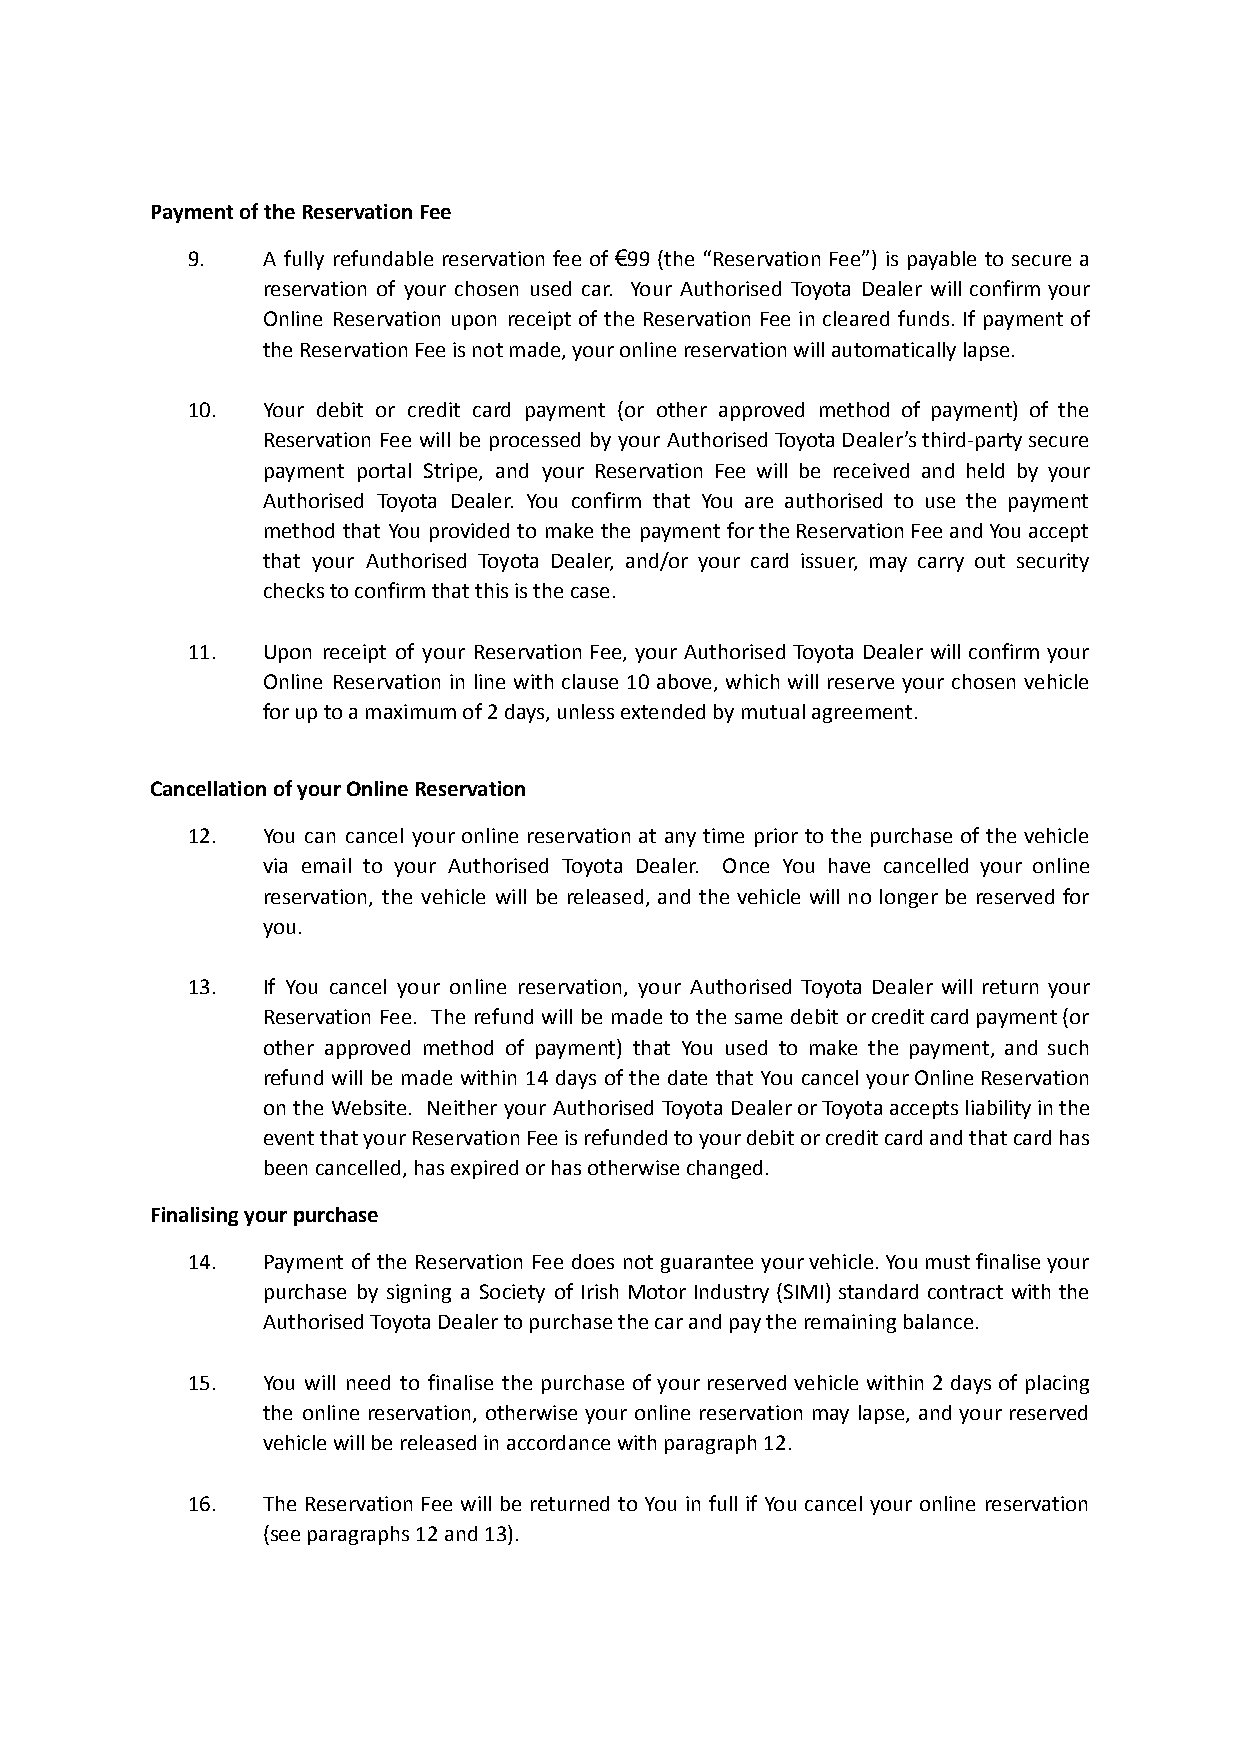
Payment of the Reservation Fee
 9.   A fully refundable reservation fee of €99 (the “Reservation Fee”) is payable to secure a
 reservation of your chosen used car. Your Authorised Toyota Dealer will confirm your
 Online Reservation upon receipt of the Reservation Fee in cleared funds. If payment of
 the Reservation Fee is not made, your online reservation will automatically lapse.
 10.  Your debit or credit card payment (or other approved method of payment) of the
 Reservation Fee will be processed by your AuthorisedToyotaDealer’sthird-partysecure
 payment portal Stripe, and your Reservation Fee will be received and held by your
 Authorised Toyota Dealer. You confirm that You are authorised to use the payment
 method that You provided to make the payment fortheReservationFeeandYouaccept
 that your Authorised Toyota Dealer, and/or your card issuer, may carry out security
 checks to confirm that this is the case.
 11.  Upon receipt of your Reservation Fee, your Authorised Toyota Dealer will confirm your
 Online Reservation in line with clause 10 above, which will reserve your chosen vehicle
 for up to a maximum of 2 days, unless extended by mutual agreement.
 Cancellation of your Online Reservation
 12.  You can cancel your online reservation at any time prior to the purchase of the vehicle
 via email to your Authorised Toyota Dealer. Once You have cancelled your online
 reservation, the vehicle will be released, and the vehicle will no longer be reserved for
 you.
 13.  If You cancel your online reservation, your Authorised Toyota Dealer will return your
 Reservation Fee. The refund will be made to the same debit orcreditcardpayment(or
 other approved method of payment) that You used to make the payment, and such
 refund will be made within 14 days of the date that You cancel yourOnlineReservation
 on the Website. Neither your Authorised Toyota DealerorToyotaacceptsliabilityinthe
 eventthatyourReservationFeeisrefundedtoyourdebitorcreditcardandthatcardhas
 been cancelled, has expired or has otherwise changed.
 Finalising your purchase
 14.  Payment of the Reservation Fee does not guarantee yourvehicle.Youmustfinaliseyour
 purchase by signing a Society of Irish Motor Industry (SIMI) standard contract with the
 Authorised Toyota Dealer to purchase the car and pay the remaining balance.
 15.  You will need to finalise the purchase of your reserved vehicle within 2 days of placing
 the online reservation, otherwise your online reservation may lapse, and your reserved
 vehicle will be released in accordance with paragraph 12.
 16.  The Reservation Fee will be returned to You in full if You cancel your online reservation
 (see paragraphs 12 and 13).